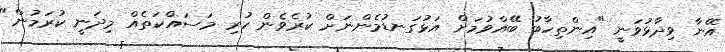
އޭނާ ވިދާޅުވަނީ "އިންތިހާބު ބޭއްވުމަށް އަޅުގަނޑުމެންނަށް ކުރެވެން ހުރި މަސައްކަތެއް މިދަނީ ކުރަމުން"